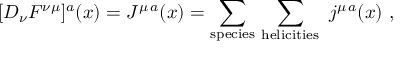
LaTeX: [ D _ { \nu } F ^ { \nu \mu } ] ^ { a } ( x ) = J ^ { \mu \, a } ( x ) = \sum _ { \mathrm { s p e c i e s } } \, \sum _ { \mathrm { h e l i c i t i e s } } \ j ^ { \mu \, a } ( x ) \ ,